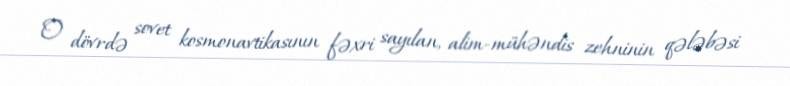
O dövrdə sovet kosmonavtikasının fəxri sayılan, alim-mühəndis zehninin qələbəsi